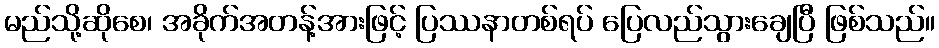
မည်သို့ဆိုစေ၊ အခိုက်အတန့်အားဖြင့် ပြဿနာတစ်ရပ် ပြေလည်သွားချေပြီ ဖြစ်သည်။